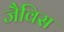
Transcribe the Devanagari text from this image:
जैविस